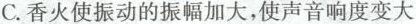
C.香火使振动的振幅加大，使声音响度变大